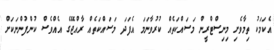
އެކަމަކު ތިމާވެށި މިނިސްޓްރީން މަސައްކަތެއް ކުރުވާނަމަ އެފަދަ މަސައްކަތެއް ރާއްޖޭގެ އެއްވެސް ކުންފުންނަކަށް